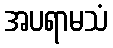
အပရာမသံ